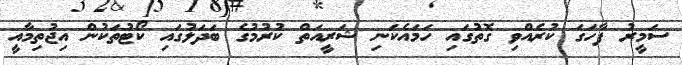
ސަމީރު ފާހަގަ ކުރެއްވި ގޮތުގައި ހަމައެކަނި ޝަރީއަތް ކުރުމުގެ ބަދަލުގައި ކޯޓުތަކުން އިޖުތިމާއީ